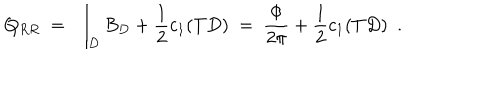
Q _ { R R } \ = \ \int _ { D } B _ { D } + \frac { 1 } { 2 } c _ { 1 } ( T D ) \ = \ \frac { \Phi } { 2 \pi } + \frac { 1 } { 2 } c _ { 1 } ( T D ) \ \ .